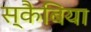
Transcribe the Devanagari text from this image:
स्कैबिया